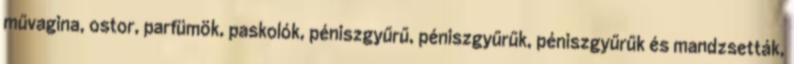
művagina, ostor, parfümök, paskolók, péniszgyűrű, péniszgyűrűk, péniszgyűrűk és mandzsetták,